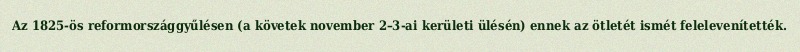
Az 1825-ös reformországgyűlésen (a követek november 2–3-ai kerületi ülésén) ennek az ötletét ismét felelevenítették.